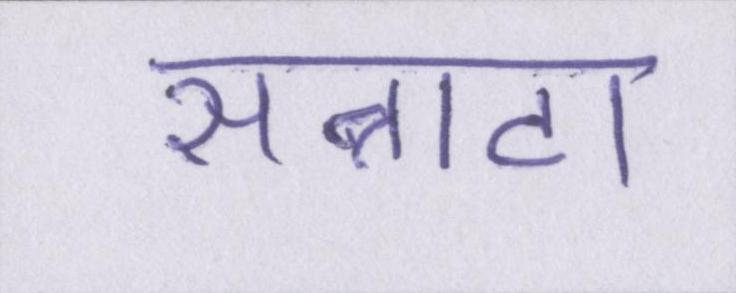
सन्नाटा